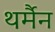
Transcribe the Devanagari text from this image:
थर्मैन